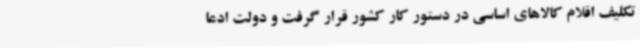
تکلیف اقلام کالاهای اساسی در دستور کار کشور قرار گرفت و دولت ادعا